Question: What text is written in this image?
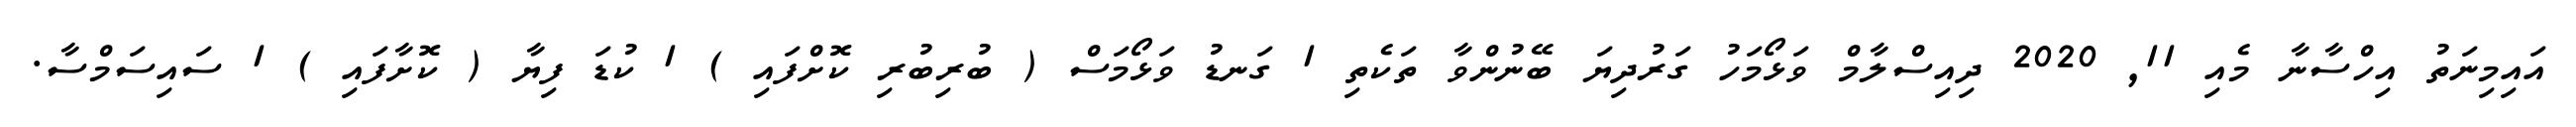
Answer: އައިމިނަތު އިހްސާނާ މެއި 11, 2020 ދިއިސްލާމް ވަޅޯމަހު ގަރުދިޔަ ބޭނުންވާ ތަކެތި 1 ގަނޑު ވަޅޯމަސް ( ބުރިބުރި ކޮށްފައި ) 1 ކުޑަ ފިޔާ ( ކޮށާފައި ) 1 ސައިސަމްސާ.